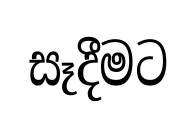
සෑදීමට